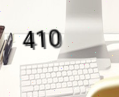
410